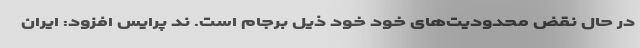
در حال نقض محدودیت‌های خود خود ذیل برجام است. ند پرایس افزود: ایران